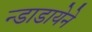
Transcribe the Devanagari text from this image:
न्डाडायेने